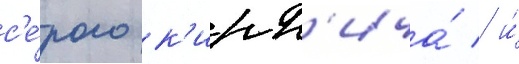
с'е́рого к'ирп'ича́ / и́